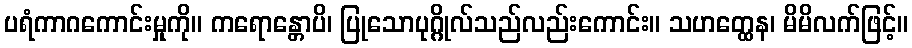
ပရံကာဂကောင်းမှုကို။ ကရောန္တောပိ၊ ပြုသောပုဂ္ဂိုလ်သည်လည်းကောင်း။ သဟတ္ထေန၊ မိမိလက်ဖြင့်။